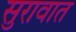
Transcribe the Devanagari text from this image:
सुरावात